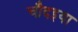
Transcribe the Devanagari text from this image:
चौदइया